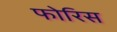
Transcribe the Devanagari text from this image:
फोरिस